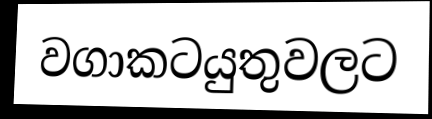
වගාකටයුතුවලට